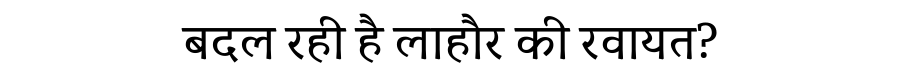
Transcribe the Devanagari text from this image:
बदल रही है लाहौर की रवायत?